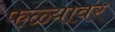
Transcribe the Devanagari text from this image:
फळ्यावर